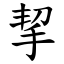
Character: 挈